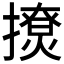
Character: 𰔬